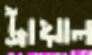
ট্রায়াল